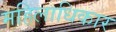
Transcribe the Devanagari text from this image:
महिलाधिकार